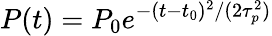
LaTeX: P(t)=P_{0}e^{-(t-t_{0})^{2}/(2\tau_{p}^{2})}